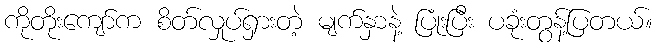
ကိုတိုးကျော်က စိတ်လှုပ်ရှားတဲ့ မျက်နှာနဲ့ ပြုံးပြီး ပခုံးတွန့်ပြတယ်။